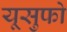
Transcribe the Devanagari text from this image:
यूसुफो